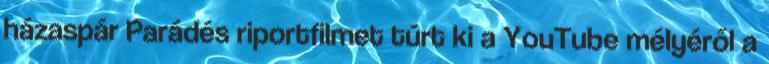
házaspár Parádés riportfilmet túrt ki a YouTube mélyéről a